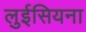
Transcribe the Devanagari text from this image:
लुईसियना